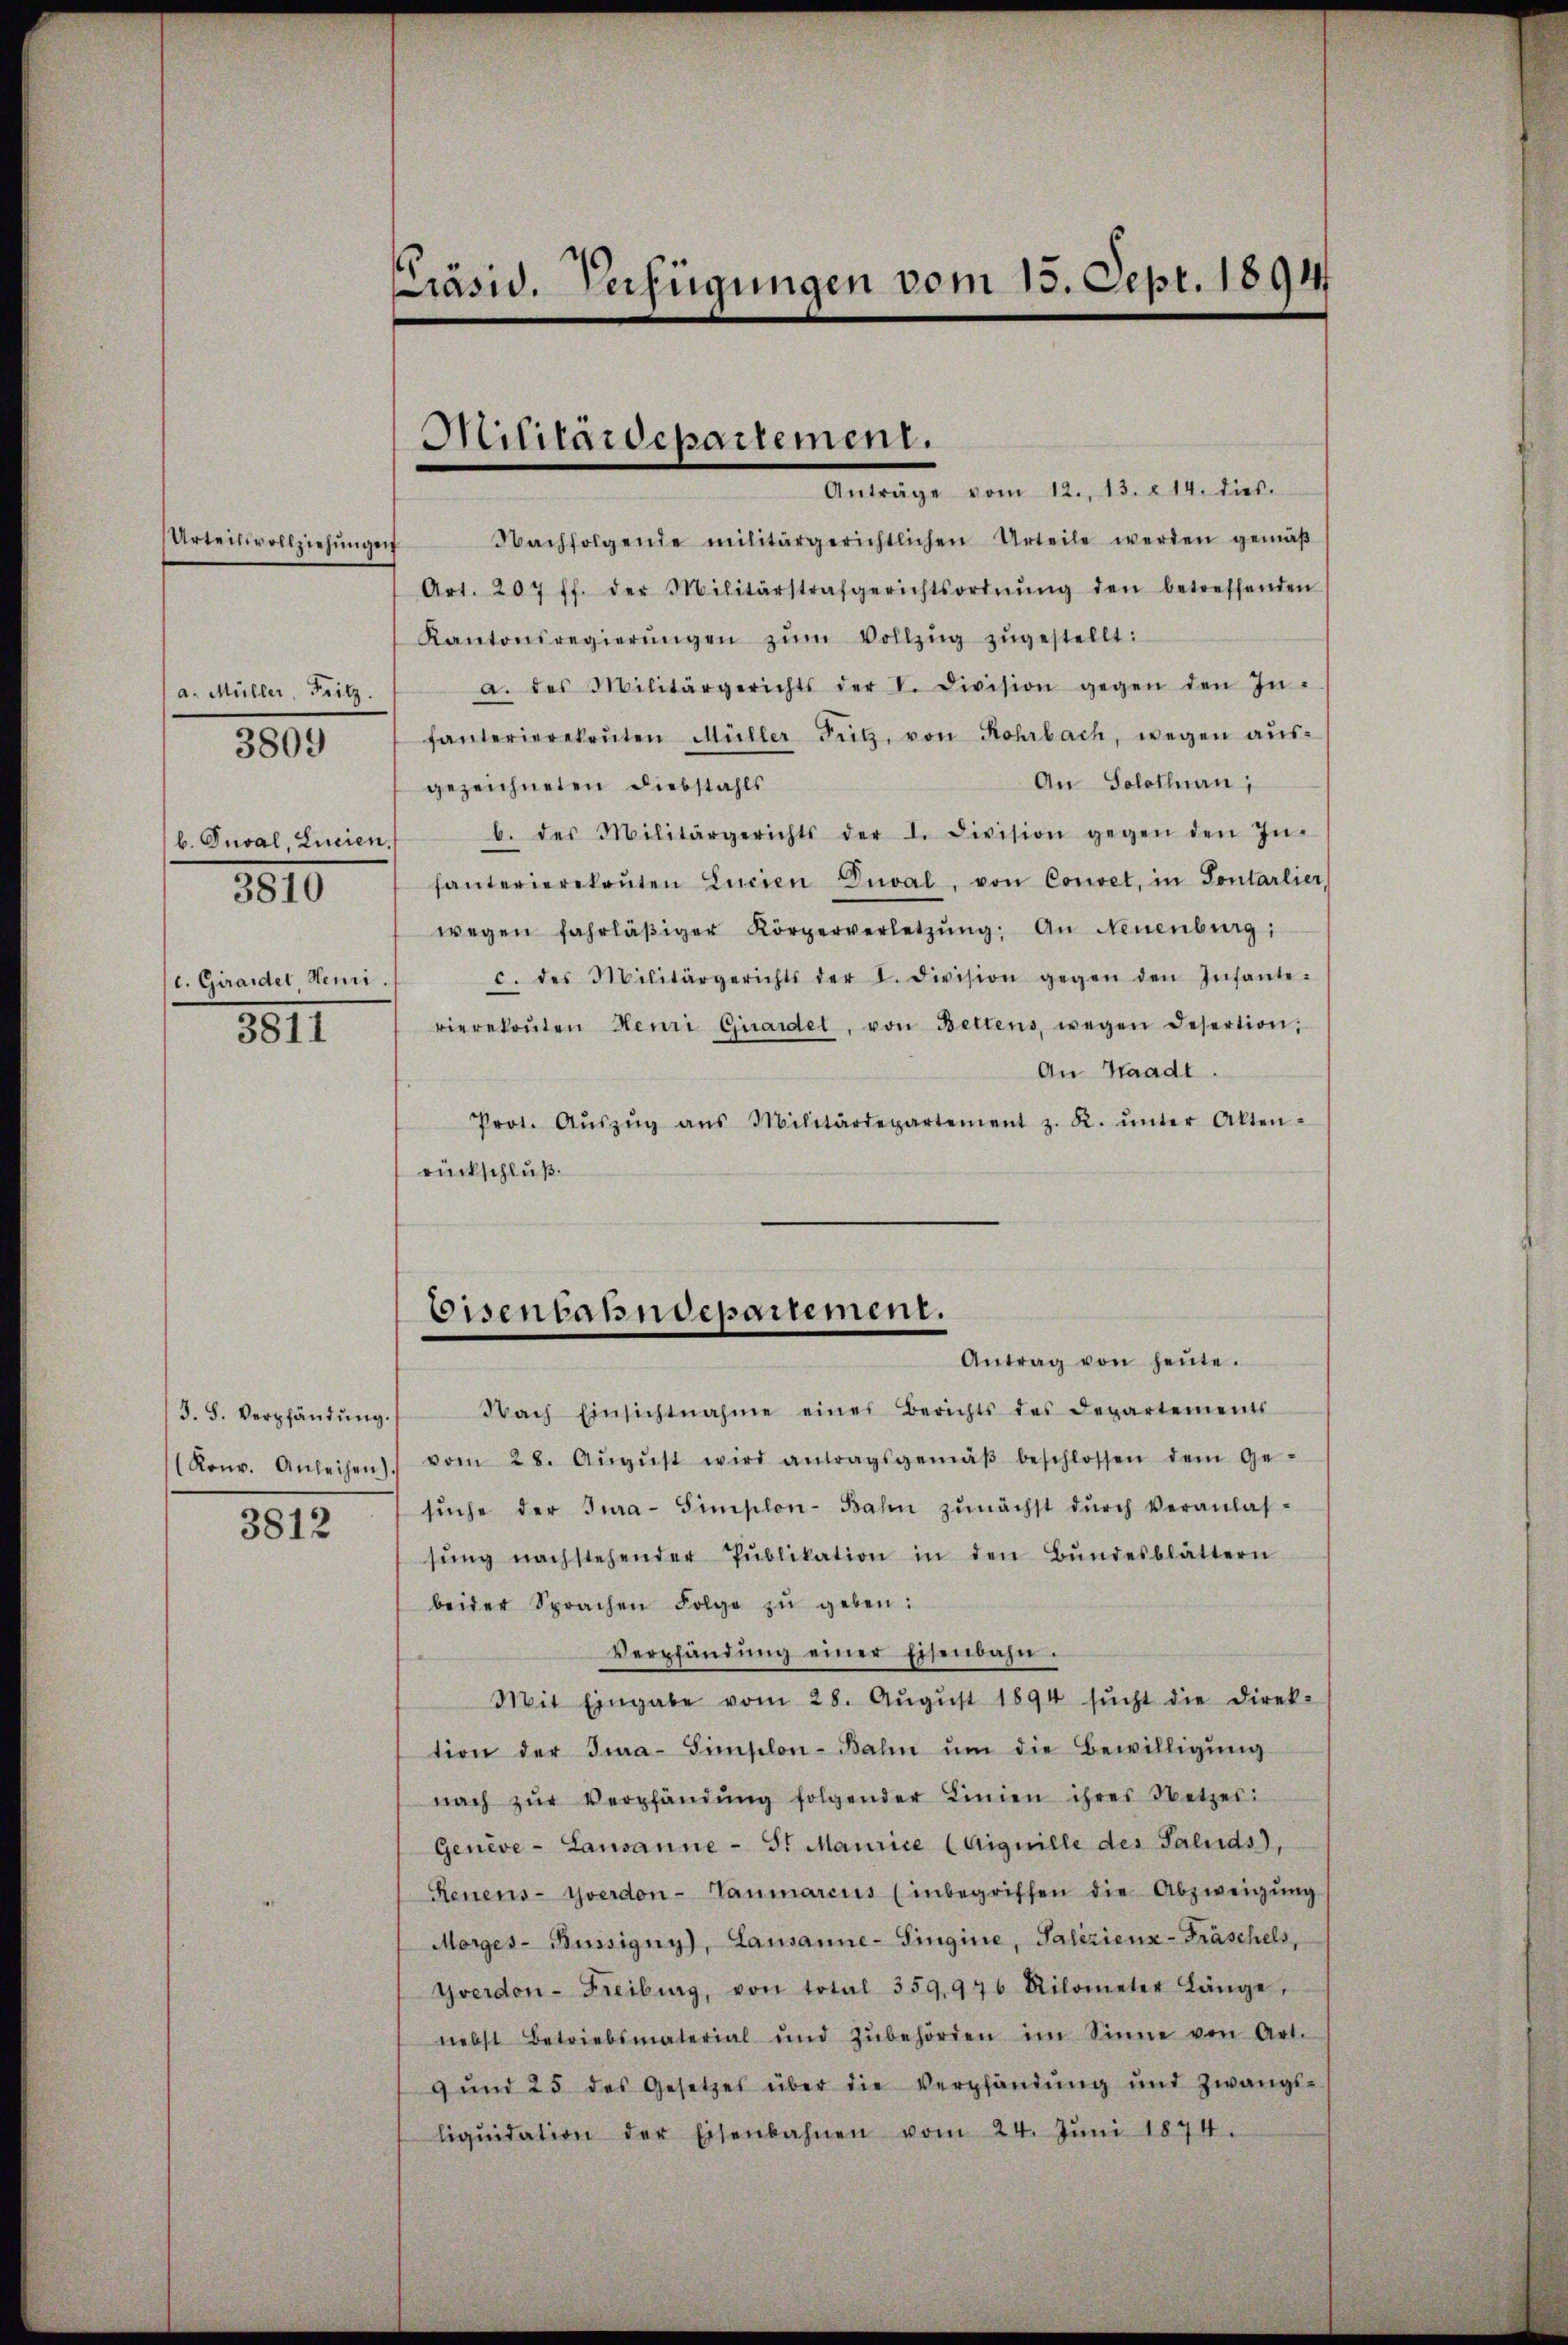
Urteisvollziehungen
a. Müller, Fritz.
3810
l. Giraider, Henri

3809

3811

J. F. Verpfändung.

3812

räsid. Verfügungen vom 15. Sept. 1894

Militärdepartement.

Anträge vom 12. 13. 214. dies
Nachfolgende militärgerichtlichen Urteile werden gemäβ
Art. 207 ff. der Militärstrafgerichtsordnŭng den betreffenden
Kantonsregierŭngen zŭm Vollzŭg zŭgestellt:
a. des Militärgerichts der V. Division gegen den In-
fanterierekaṅten Müller Fütz, von Rohrbach, wegen aŭs-
An Solothurn,
gezeichneten Diebstahls
b. Inval, Linien, b. des Militärgerichts der I. Division gegen den In-
fanterierekaṅten Lucien Dial, von Convet, in Sontarlier,
wegen fahrläβiger Körperverletzŭng: An Neuenburg,
c. des Militärgerichts der I. Division gegen den Infante-
rierekonten Henri Girardet, von Bettens, wegen Desertion,
An Waadt
Prot. Aŭszŭg ans Militärdepartement z. R. ŭnter Akten-
rückschluß.

Eisenbahndepartement.
Antrag von heŭte.

Nach Einsichtnahme eines Berichts des Departements
(Ronv. Anleihen vom 28. Aŭgŭst wird antragsgemäβ beschlossen dem Ge-
sŭche der Jura-Simplon-Bahn zŭnächst dŭrch Veranlas-
sŭng nachstehender Pŭblikation in den Bŭndesblättern
beider Sprachen Folge zŭ geben:
Verpfändŭng einer Eisenbahn.
Mit Eingabe vom 28. Aŭgŭst 1894 sŭcht die Direk-
tion der Jura-Simplon-Bahn ŭm die Bewilligŭng
nach zŭr Verpfändŭng folgender Linien ihres Netzes
Genève - Lausanne - St Maurice (Aiquille des Saluds),
Renens- Yverdon-Taŭmarcus (inbegriffen die Abzweigŭng
Morges-Büssigny), Lausanne-Singine, Salizienz-Fräschels,
Yverdon-Freiburg, von total 359,976 Kilometer Länge,
nebst Betriebsmaterial und zŭbehörden im Sinne von Art.
9 ŭnd 25 des Gesetzes über die Verpfändŭng und zwangs-
liqŭidation der Eisenbahnen vom 24. Jŭni 1874.